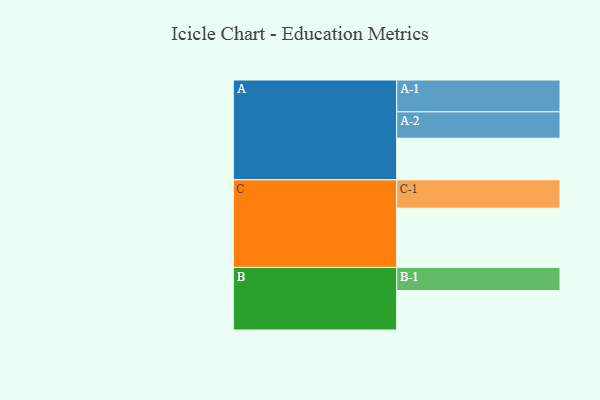
{"axis": {"x": "Segment", "y": "Value"}, "legend": ["", "A", "B", "C"], "data": [{"x": "A", "y": 372, "type": ""}, {"x": "B", "y": 353, "type": ""}, {"x": "C", "y": 530, "type": ""}, {"x": "A-1", "y": 285, "type": "A"}, {"x": "A-2", "y": 236, "type": "A"}, {"x": "B-1", "y": 207, "type": "B"}, {"x": "C-1", "y": 254, "type": "C"}]}